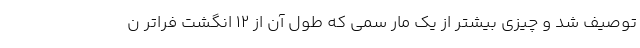
توصیف شد و چیزی بیشتر از یک مار سمی که طول آن از ۱۲ انگشت فراتر ن